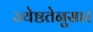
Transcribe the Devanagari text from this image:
ज्येष्ठतेनुसार